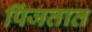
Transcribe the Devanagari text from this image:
पिंजतात